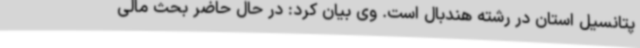
پتانسیل استان در رشته هندبال است. وی بیان کرد: در حال حاضر بحث مالی